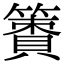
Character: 𥴹